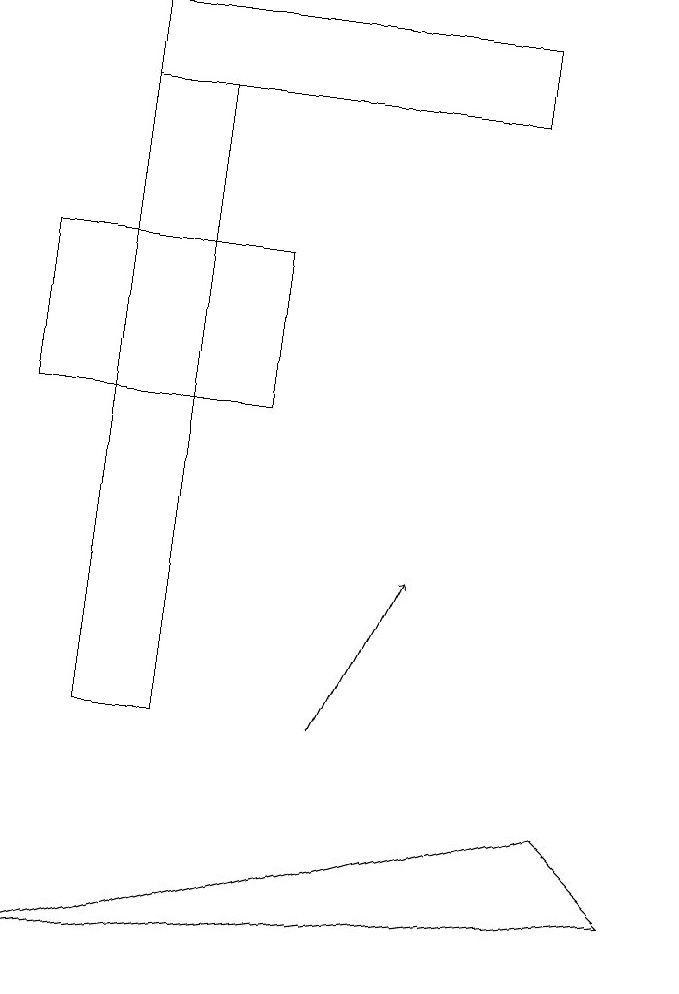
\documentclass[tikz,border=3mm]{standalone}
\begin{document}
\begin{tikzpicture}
\draw (2,10) rectangle (3,18);
\draw[->] (5,10) -- (6,12);
\draw (4,14) rectangle (1,16);
\draw (2,18) rectangle (7,19);
\draw (1,7) -- (9,8) -- (8,9) -- cycle;
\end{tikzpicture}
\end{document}